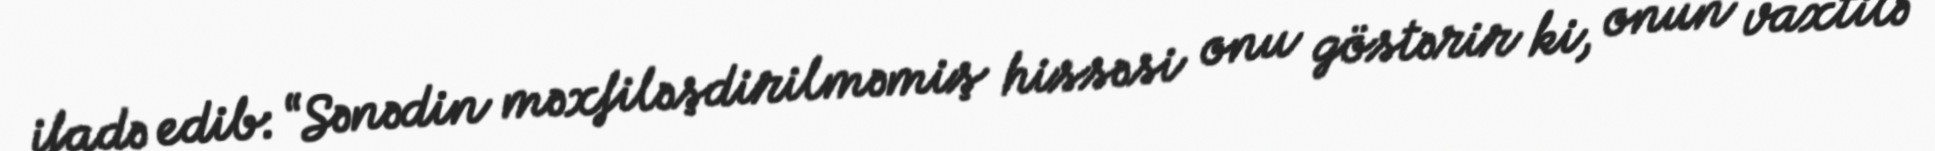
ifadə edib: “Sənədin məxfiləşdirilməmiş hissəsi onu göstərir ki, onun vaxtilə